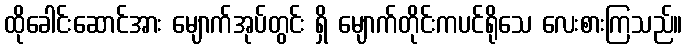
ထိုခေါင်းဆောင်အား မျောက်အုပ်တွင်း ရှိ မျောက်တိုင်းကပင်ရိုသေ လေးစားကြသည်။